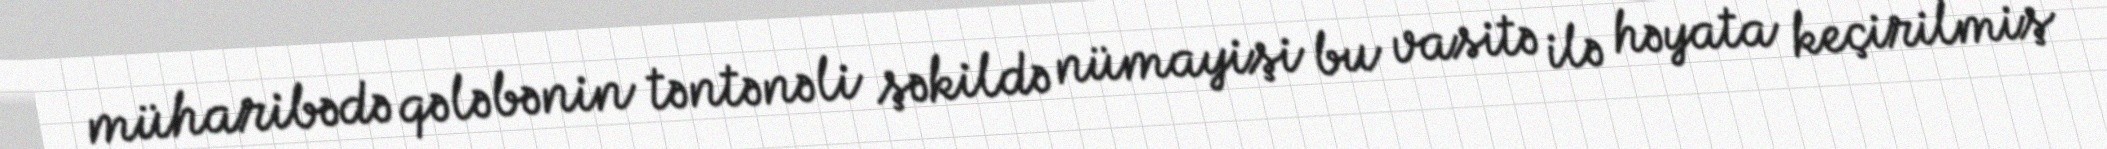
müharibədə qələbənin təntənəli şəkildə nümayişi bu vasitə ilə həyata keçirilmiş